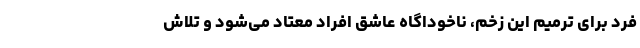
فرد برای ترمیم این زخم، ناخوداگاه عاشق افراد معتاد می‌شود و تلاش